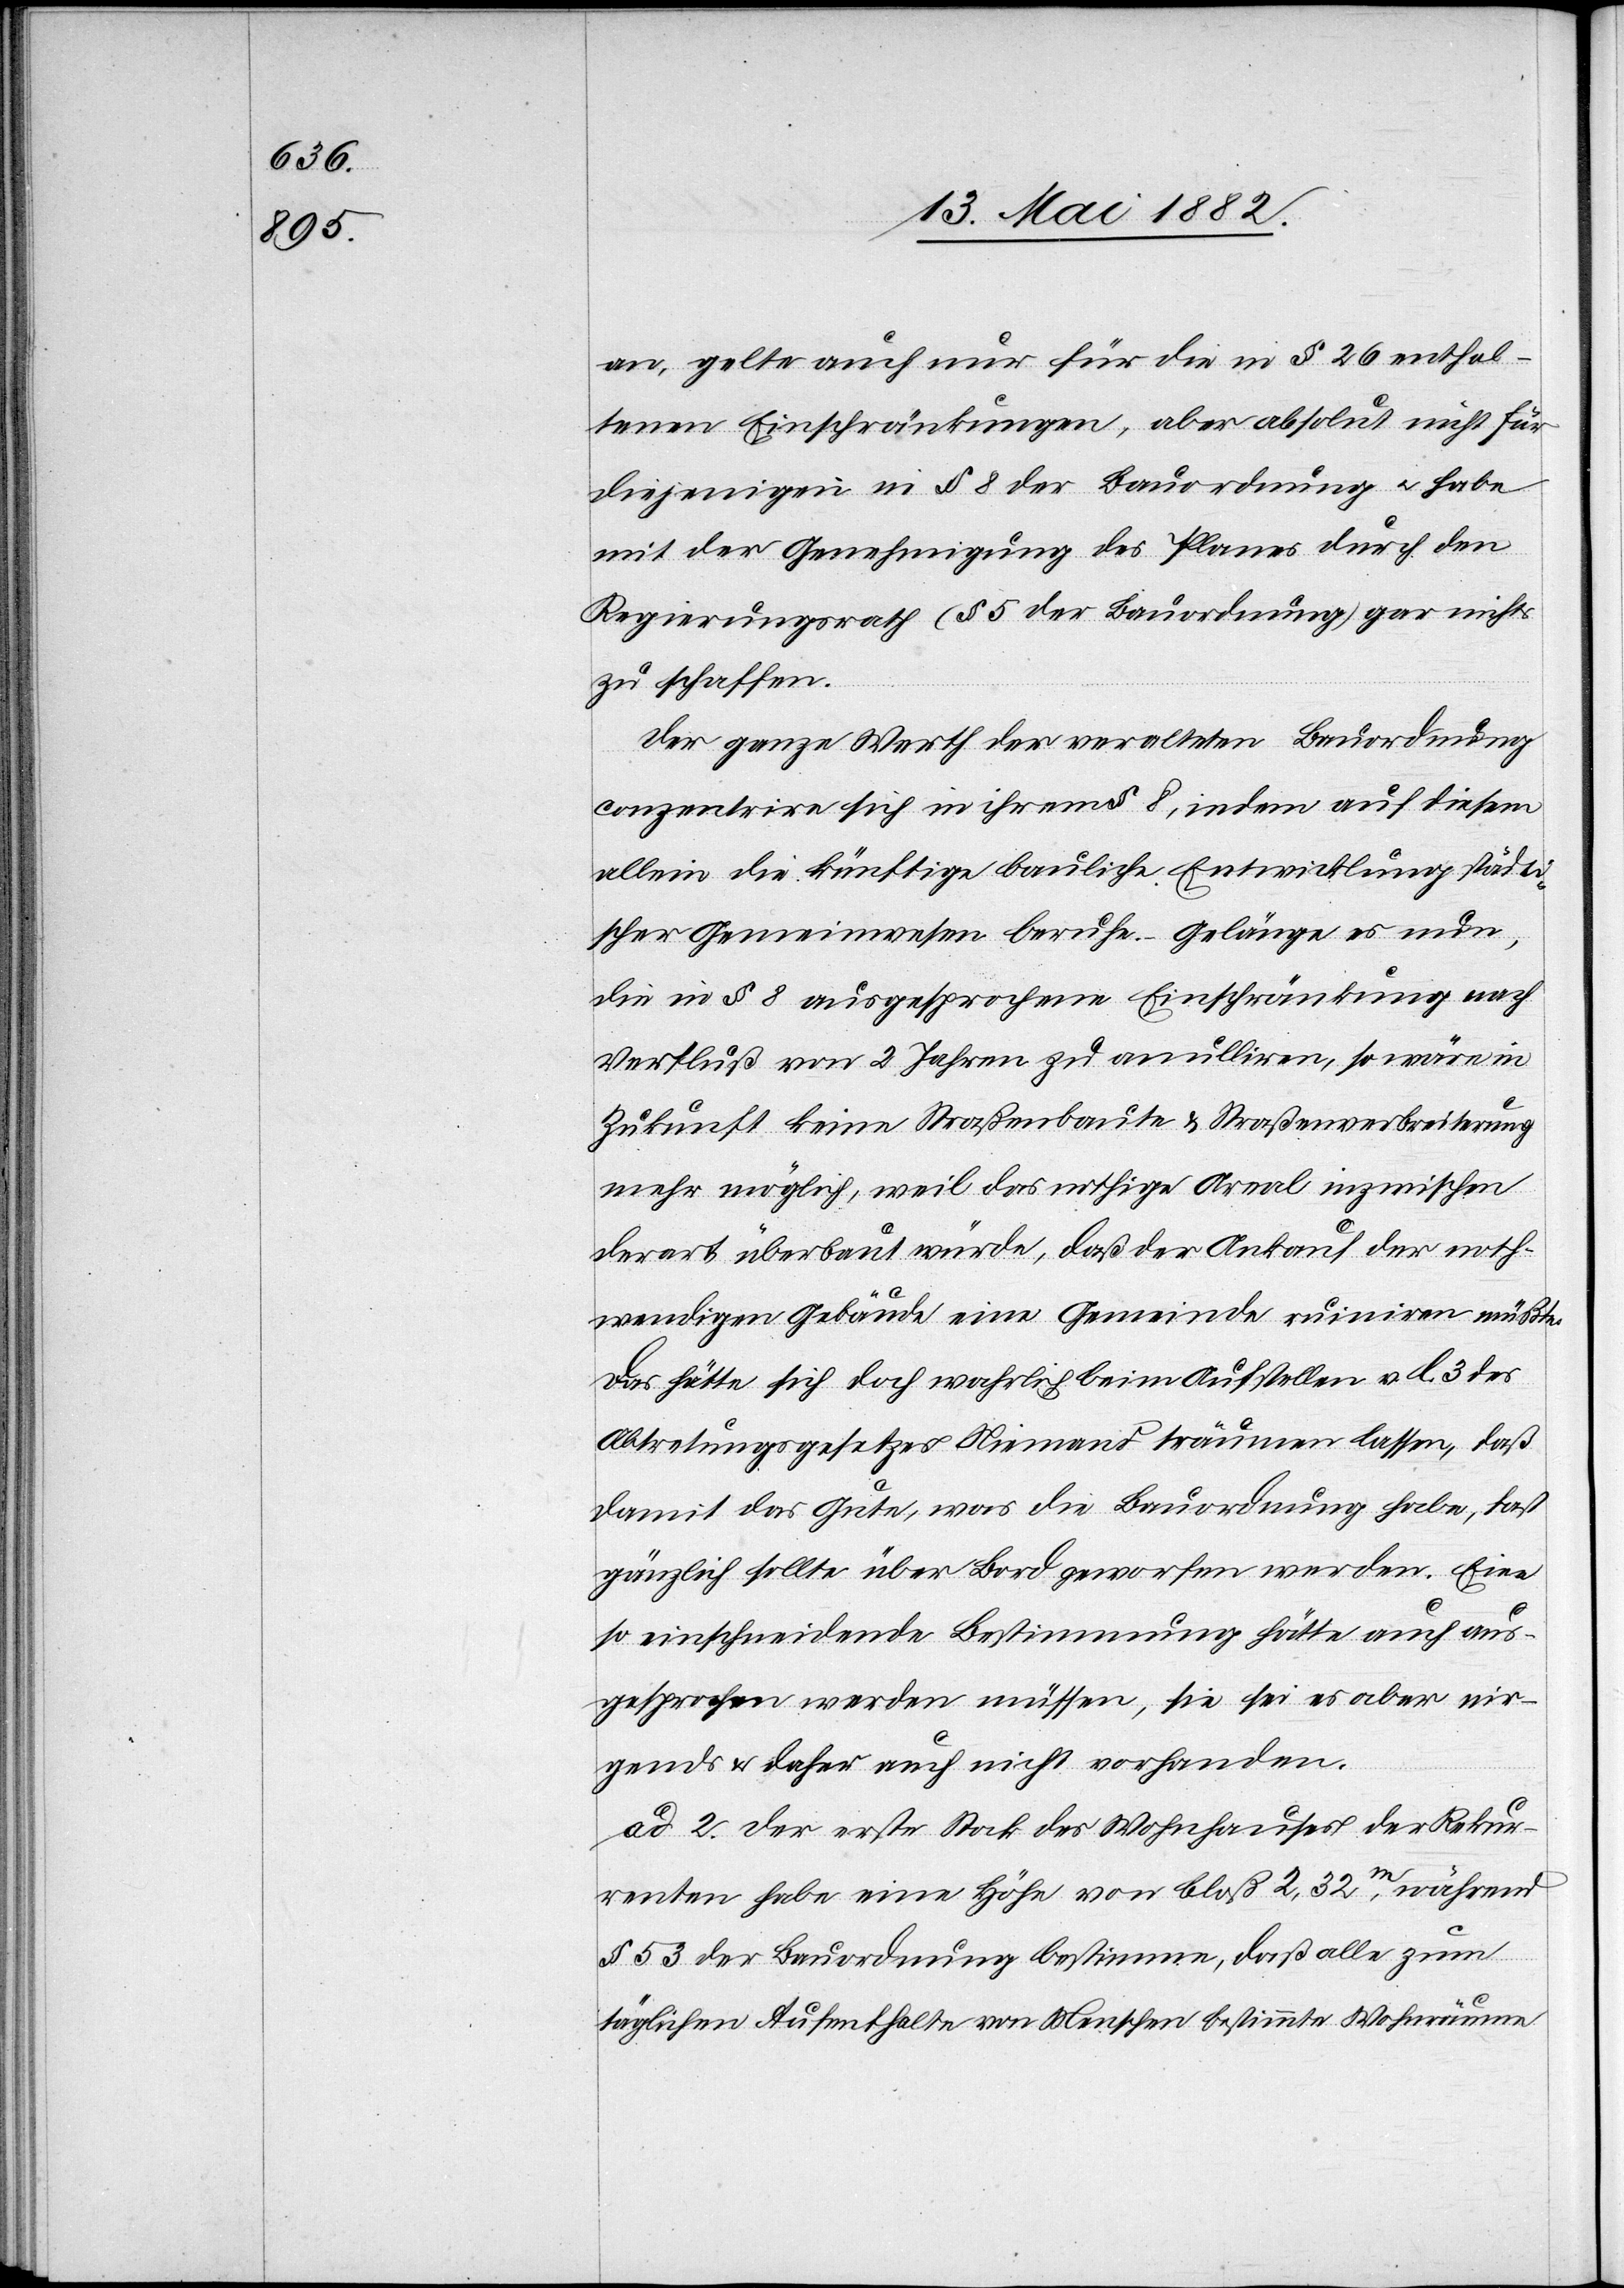
an, gelte auch nur für die in § 26 enthal¬
tenen Einschränkungen, aber absolut nicht für
diejenigen in § 8 der Bauordnung u. habe
mit der Genehmigung des Planes durch den
Regierungsrath (§ 5 der Bauordnung) gar nichts
zu schaffen.
Der ganze Werth der veralteten Bauordnung
conzentrire sich in ihrem § 8, indem auf diesem
allein die künftige bauliche Entwicklung städti¬
scher Gemeinwesen beruhe. Gelänge es nun,
die in § 8 ausgesprochene Einschränkung nach
Verfluß von 2 Jahren zu annuliren, so wäre in
Zukunft keine Straßenbaute & Straßenverbreiterung
mehr möglich, weil das nöthige Areal inzwischen
derart überbaut würde, daß der Ankauf der noth¬
wendigen Gebäude eine Gemeinde ruiniren müßte.
Das hätte sich doch wahrlich beim Aufstellen v. l. 3 des
Abtretungsgesetzes niemand träumen lassen, daß
damit das Gute, was die Bauordnung habe, fast
gänzlich sollte über Bord geworfen werden. Eine
so einschneidende Bestimmung hätte auch aus¬
gesprochen werden müssen, sie sei es aber nir¬
gends & daher auch nicht vorhanden.
ad 2. Der erste Stock des Wohnhauses der Rekur¬
renten habe eine Höhe von bloß 2,32m, während
§ 53 der Bauordnung bestimme, daß alle zum
täglichen Aufenthalte von Menschen bestimmte[n] Wohnräume